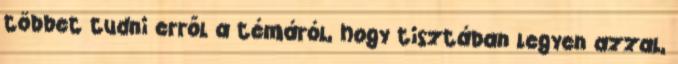
többet tudni erről a témáról, hogy tisztában legyen azzal,